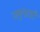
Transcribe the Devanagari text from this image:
जमुनाजी